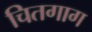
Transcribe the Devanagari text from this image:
चितगाग